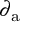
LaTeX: \partial _ { \mathrm { a } }